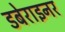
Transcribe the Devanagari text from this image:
डबेराइनर